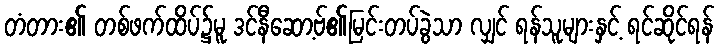
တံတား၏ တစ်ဖက်ထိပ်၌မူ ဒင်နီဆော့ဗ်၏မြင်းတပ်ခွဲသာ လျှင် ရန်သူများနှင့် ရင်ဆိုင်ရန်